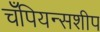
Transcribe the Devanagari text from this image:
चँपियन्सशीप